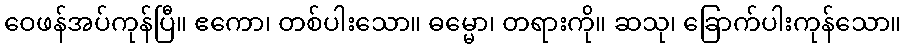
ဝေဖန်အပ်ကုန်ပြီ။ ဧကော၊ တစ်ပါးသော။ ဓမ္မော၊ တရားကို။ ဆသု၊ ခြောက်ပါးကုန်သော။